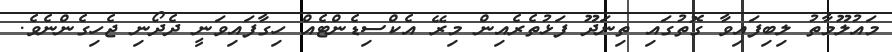
މައުލޫމާތު ލިބިފައިވާ ގޮތުގައި ތިނަދޫ ފަޅުތެރެއިން މިރޭ އެކްސިޑެންޓެއް ހިގާފައިވަނީ ދެދޯނި ޖެހިގެންނެވެ.